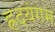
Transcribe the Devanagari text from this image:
ह्रदयंगम